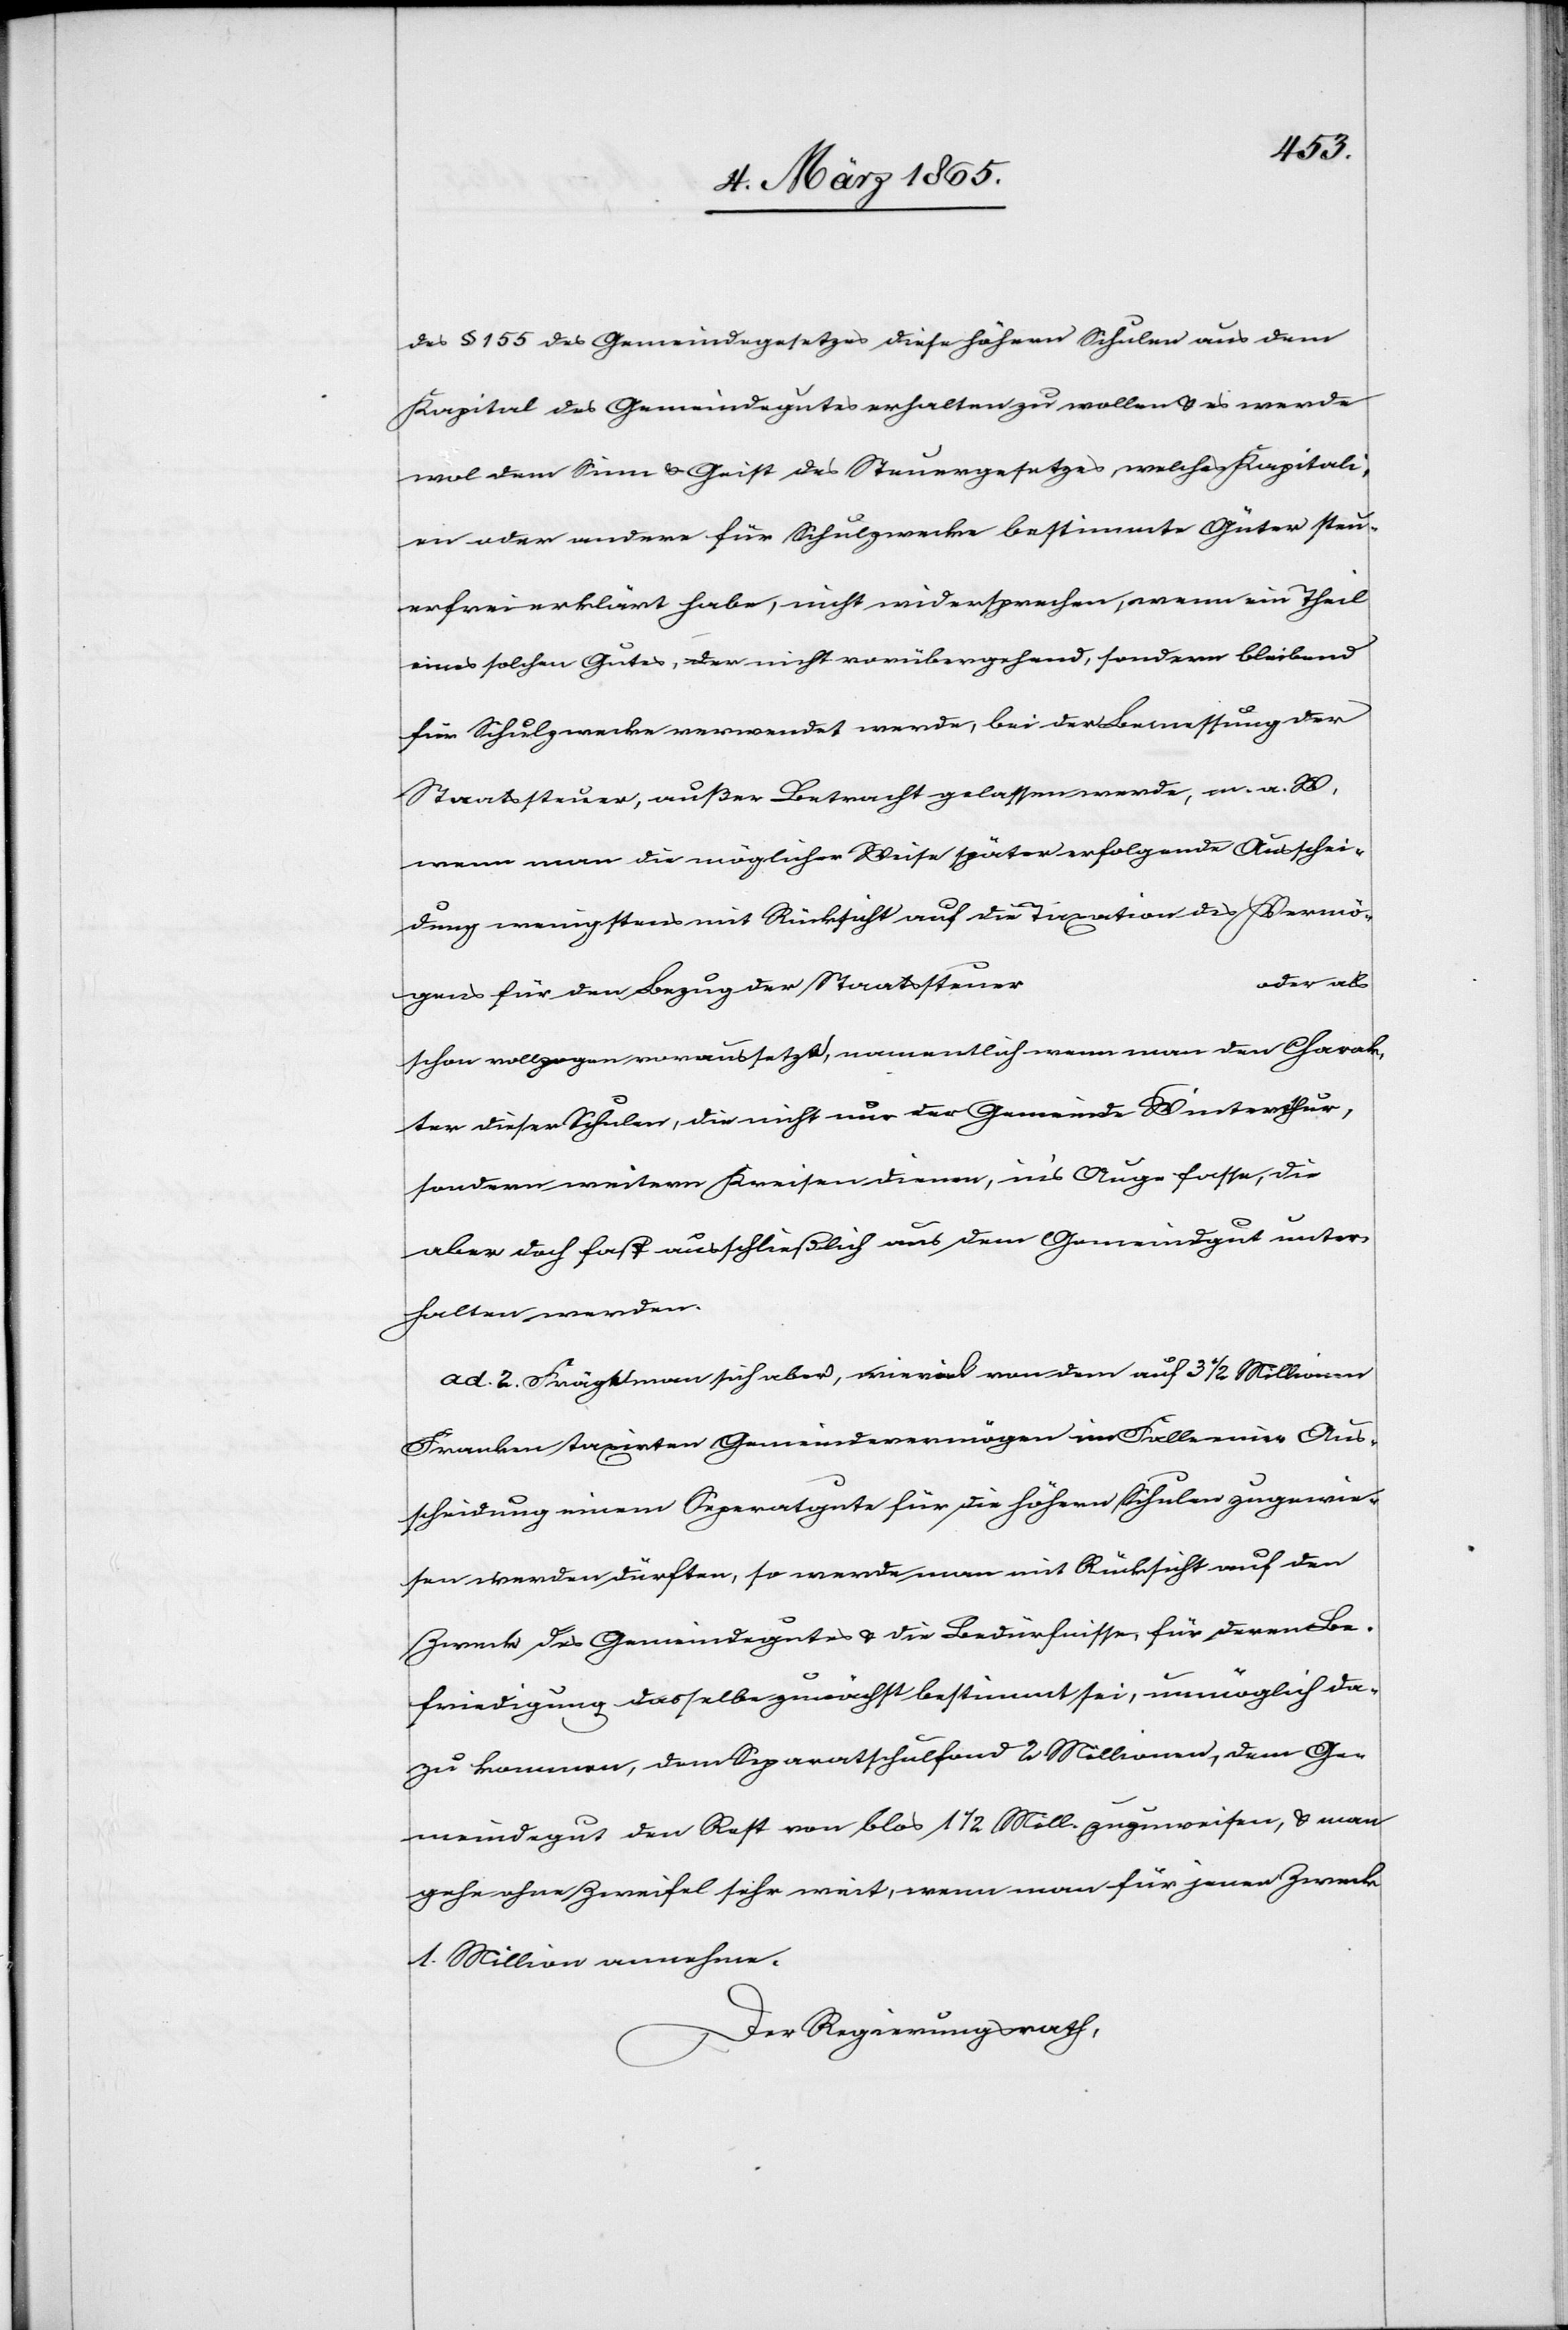
des § 155 des Gemeindegesetzes diese höhern Schulen aus dem
Kapital des Gemeindegutes erhalten zu wollen u. es werde
wol dem Sinn u. Geist des Steuergesetzes, welches Kapitali¬
en oder andere für Schulzwecke bestimmte Güter steu¬
erfrei erklärt habe, nicht widersprechen, wenn ein Theil
eines solchen Gutes, der nicht vorübergehend, sondern bleibend
für Schulzwecke verwendet werde, bei der Bemessung der
Staatssteuer, außer Betracht gelassen werde, m. a. W.,
wenn man die möglicher Weise später erfolgende Ausschei¬
dung wenigstens mit Rücksicht auf die Taxation des Vermö¬
oder als
gens für den Bezug der Staatssteuer
schon vollzogen voraussetzt, namentlich wenn man den Charak¬
ter dieser Schulen, die nicht nur der Gemeinde Winterthur,
sondern weitern Kreisen dienen, in’s Auge fasse, die
aber doch fast ausschließlich aus dem Gemeindgut unter¬
halten werden.
ad. 2. Frägt man sich aber, wieviel von dem auf 3 1/2 Millionen
Franken taxirten Gemeindevermögen im Falle einer Aus¬
scheidung einem Separatgute für die höhern Schulen zugewie¬
sen werden dürften, so werde man mit Rücksicht auf den
Zweck des Gemeindegutes u. die Bedürfnisse, für deren Be¬
friedigung dasselbe zunächst bestimmt sei, unmöglich da¬
zu kommen, dem Separatschulfond 2 Millionen, dem Ge¬
meindegut den Rest von blos 1 ½ Mill. zuzuweisen, u. man
gehe ohne Zweifel sehr weit, wenn man für jenen Zweck
1. Million annehme.
Der Regierungsrath,